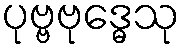
ပုဗ္ဗဗုဒ္ဓေသု